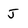
Character: j